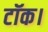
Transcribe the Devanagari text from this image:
टॉक।